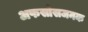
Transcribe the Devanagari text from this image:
अफसोसजनक